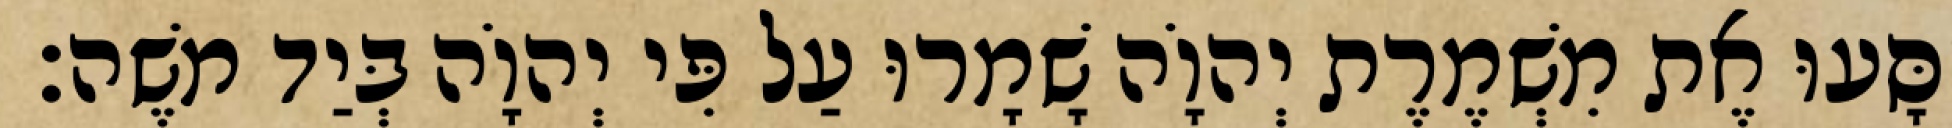
יִסָּעוּ אֶת מִשְׁמֶרֶת יְהוָֹה שָׁמָרוּ עַל פִּי יְהוָֹה בְּיַד משֶׁה׃